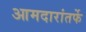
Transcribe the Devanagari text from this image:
आमदारांतर्फे